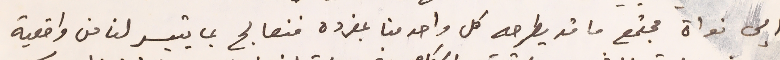
إلى نواة مجتمع ما قد يطرحه كل واحد منا بمفرده فنعالج بما تيسر لنا من واقعية